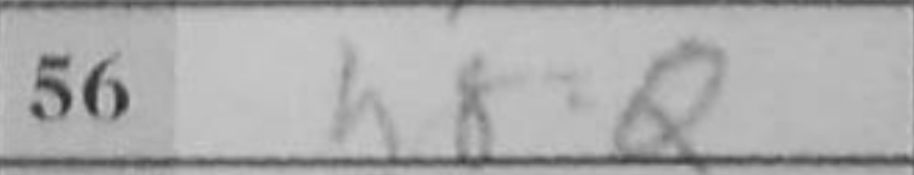
Transcription: h8=Q